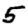
Digit: 5